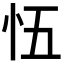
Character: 𭜐